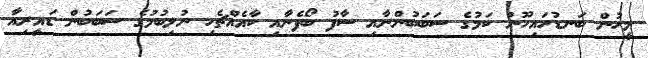
މީހުން ބަނޑުހައިހޫނު ކަމުގެ ސަބަބުންނާއި ސާފު ބޯފެނާއި ކާއެއްޗެހި ނުލިބުމުގެ ސަބަބުން ޑައީރިއާ